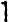
1